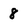
Character: 8